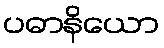
ပဓာနိယော